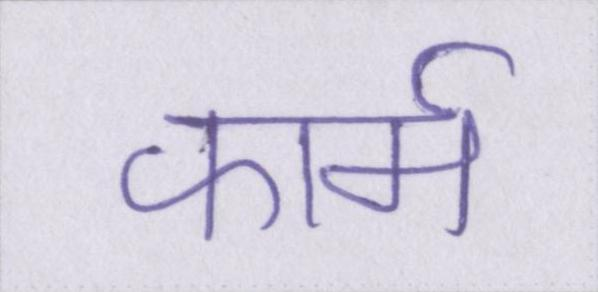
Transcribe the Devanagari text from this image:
फार्म